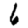
Digit: 6